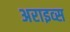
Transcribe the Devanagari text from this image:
अराइव्स